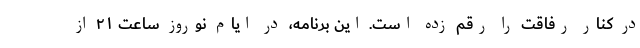
در کنار رفاقت را رقم زده است. این برنامه، در ایام نوروز ساعت ۲۱ از